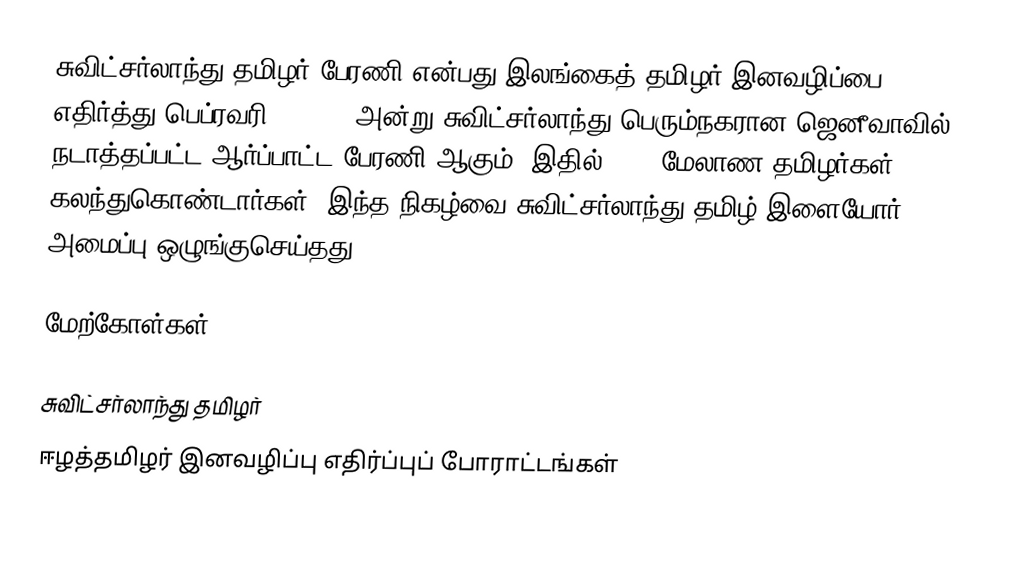
சுவிட்சர்லாந்து தமிழர் பேரணி என்பது இலங்கைத் தமிழர் இனவழிப்பை எதிர்த்து பெப்ரவரி 4, 2009 அன்று சுவிட்சர்லாந்து பெரும்நகரான ஜெனீவாவில் நடாத்தப்பட்ட ஆர்ப்பாட்ட பேரணி ஆகும்.  இதில் 5000 மேலாண தமிழர்கள் கலந்துகொண்டார்கள்.  இந்த நிகழ்வை சுவிட்சர்லாந்து தமிழ் இளையோர் அமைப்பு ஒழுங்குசெய்தது.

மேற்கோள்கள்

சுவிட்சர்லாந்து தமிழர்
ஈழத்தமிழர் இனவழிப்பு எதிர்ப்புப் போராட்டங்கள்